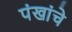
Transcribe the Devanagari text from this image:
पंखांचे